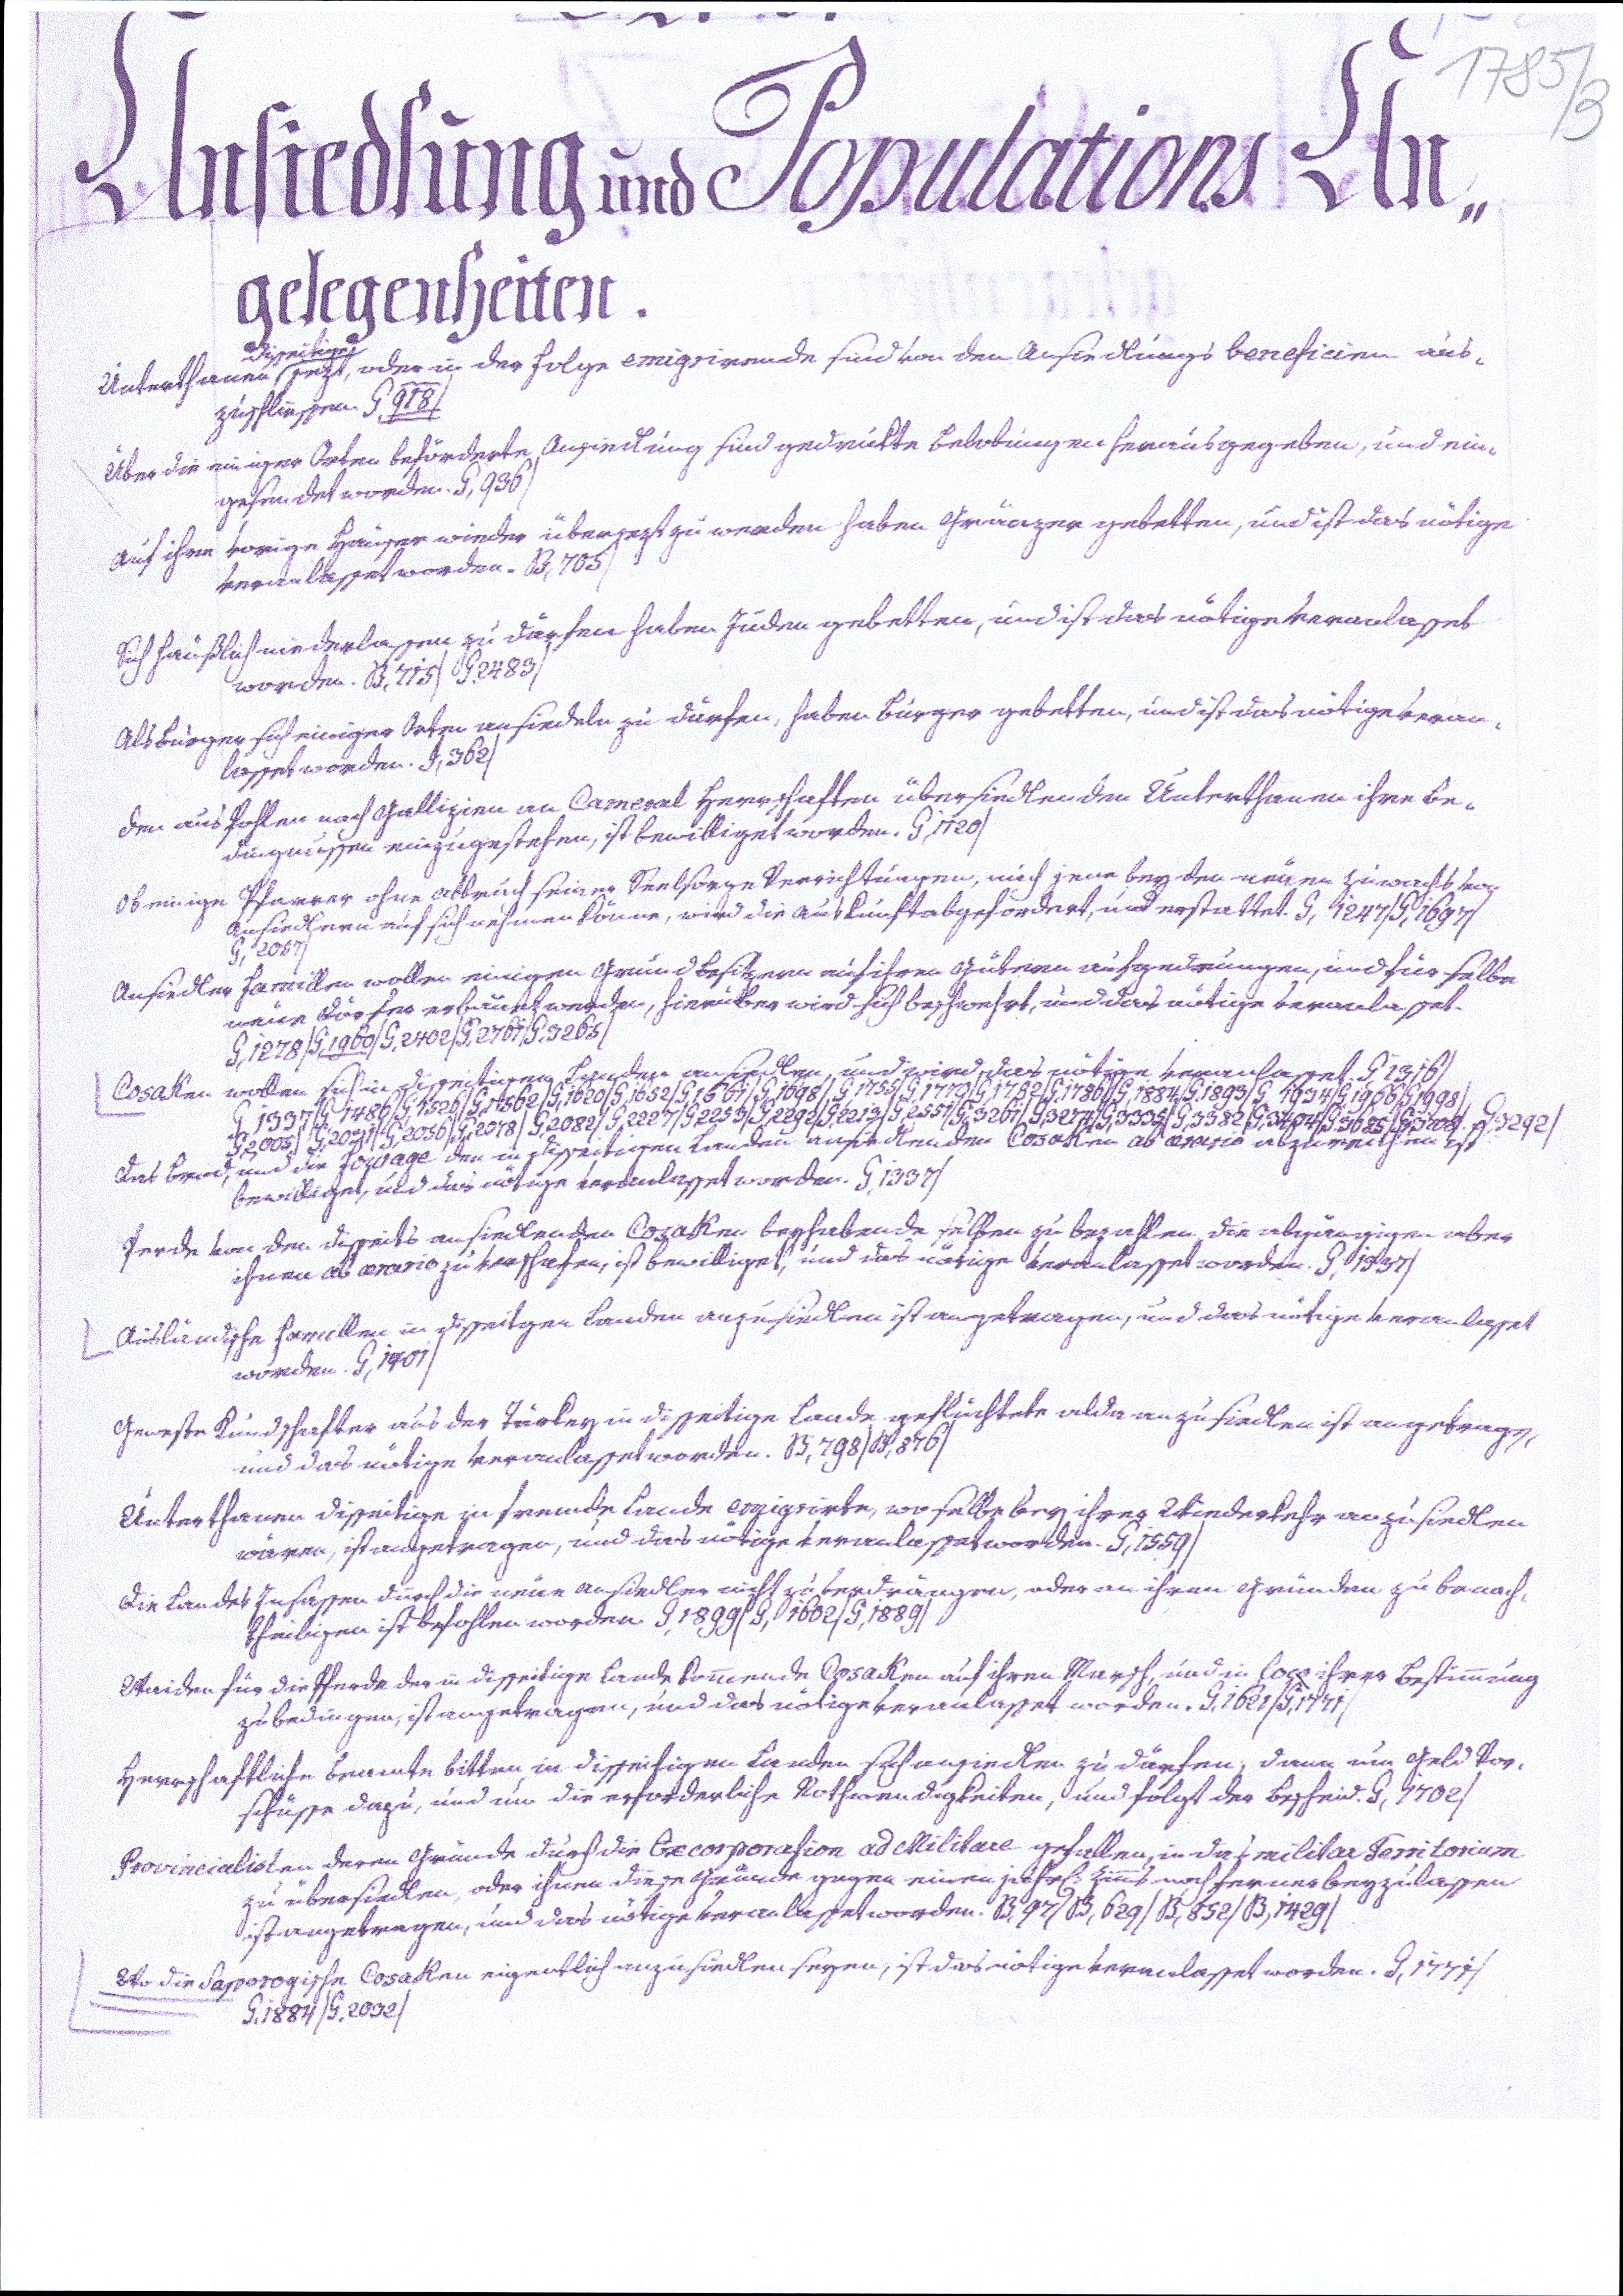
1785/3
Ansiedlung und Populations An¬
gelegenheiten.
Unterthanen disseitige jezt, oder in der Folge emigrirende sind von den Ansiedlungs beneficien aus¬
zuschliessen. G, 918/
Über die einiger Orten beförderte Ansiedlung sind gedrukte Belobungen herausgegeben, und ein¬
gesendet worden. G,936/
Auf ihre vorige Häuser wieder übersezt zu werden haben Gränzer gebetten, und ist das nötige
veranlasset worden. B,705/
Sich häußlich niederlassen zu dürfen haben Juden gebetten, und ist das nötige veranlasset
worden. B,715/G,2483/
Als Bürger sich einiger Orten ansiedeln zu dürfen, haben Bürger gebetten, und ist das nötige veran¬
lasset worden. I,362/
Den aus Pohlen nach Gallizien an Cameral Herrschaften übersiedlenden Unterthanen ihre Be¬
dingnissen eingzugestehen, ist bewilliget worden. G,1720/
Ob einige Pfarrer ohne Abbruch seiner Seelsorge Verrichtungen, auch jene bey den neuen zuwachs von
Ansiedlern auf sich nehmen könne, wird die Auskunft abgefordert, und erstattet. G,1247/G,1697/
G,2067/
Ansiedler Famillen wollen einigen Grundbesitzern auf ihren Gütern aufgedrungen, und für selbe
neue Dörfer erbauet werden, hierüber wird sich beschwehrt, und das nötige veranlasset.
G,1278/G,1960/G,2402/G,2761/G,3265/
Cosaken wollen sich in disseitigen Landen ansiedlen, und wird das nötige veranlasset. G,1316/
G,1337/G,1486/G,1526/G,1562/G,1620/G,1652/G,1661/G,1698/G,1755/G,1773/G,1782/G,1786/G,1884/G,1893/G,1934/G,1966/G,1998/
G,2005/G,2031/G,2056/G,2078/G,2082/G2227/G,2253/G,2292/G,2213/G,2551/G,3261/G,3274/G,3335/G,3382/G,3404/G,3685/G,3708/G,3292/
Das Brod, und die Fourage den in disseitigen Landen ansiedlenden Cosaken ab aerario abzureichen ist
bewilliget, und das nötige veranlasset worden. G,1337/
Perde von den disseits ansiedlenden Cosaken beyhabende selben zu bezahlen die abgängigen aber
ihnen ab aerario zu verschafen, ist bewilliget, und das nötige veranlasset worden. G,1337/
Ausländische Famillen in disseitgen Landen anzusiedlen ist angetragen, und das nötige veranlasset
worden. G,1401/
Geweste Kundschafter aus der Türkey in disseitige Lande geflüchtete alda anzusiedlen ist angetragen,
und das nötige veranlasset worden. B,798/B,876/
Unterthanen disseitige in fremde Lande emigrirte, wo selbe bey ihrer Wiederkehr anzusiedlen
wären, ist angetragen, und das nötige veranlasset worden. G,1559/
Die Landes Insassen durch die neue Ansiedler nicht zu verdrängen, oder an ihren Gründen zu benach¬
theiligen ist befohlen worden. G,1899/G,1602/G,1889/
Waiden für die Pferde der in disseitige Lande kommende Cosaken auf ihren Marsch, und in loco ihrer Bestimmung
zu bedingen, ist angetragen, und das nötige veranlasset worden. G,1621/G,1771/
Herrschaftliche Beamte bitten in disseitigen Landen sich ansiedlen zu dürfen, dann um Geld Vor¬
schüsse dazu, und um die erforderliche Nothwendigkeiten, und folgt der bescheid. G,1702/
Provincialisten deren Gründe durch die Excorporation ad Militare gefallen, in das militar Territorium
zu übersiedlen, oder ihnen diese Gründe gegen einen jähr. Zinns noch ferner beyzulassen
ist angetragen, und das nötige veranlasset worden. B,97/B,629/B,852/B,1429/
Wo die Saporogische Cosaken eigentlich anzusiedlen seyen, ist das nötige veranlasset worden. G,1771/
G,1884/G,2032/